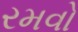
રમવો